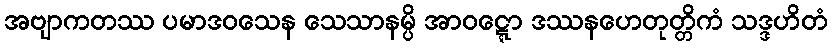
အဗျာကတဿ ပမာဒဝသေန သေသာနမ္ပိ အာဝဋ္ဋော ဒဿနဟေတုတ္တိကံ သဒ္ဒဟိတံ